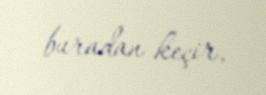
buradan keçir.